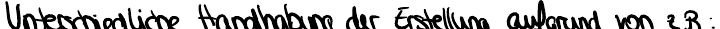
Unterschiedliche Handhabung der Erstellung aufgrund von z.B: